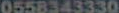
0558343330